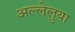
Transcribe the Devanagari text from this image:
अल्लेलुया